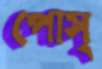
পোস্